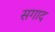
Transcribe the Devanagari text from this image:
सगाद